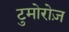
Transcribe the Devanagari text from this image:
टुमोरोज़